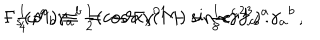
- { \textstyle \frac { 1 } { 4 } } \omega ^ { a } { } _ { b } \gamma _ { a } { } ^ { b } = - \vartheta \Gamma _ { s } ( M ) - { \textstyle \frac { 1 } { 8 } } e ^ { c } f _ { c b } { } ^ { a } \gamma _ { a } { } ^ { b } \, , \hspace { 1 c m } \Gamma _ { s } ( M ) \equiv { \textstyle \frac { 1 } { 2 } } ( \cos { \alpha } \gamma ^ { 0 1 } - \sin { \alpha } \gamma ^ { 2 3 } ) \, .